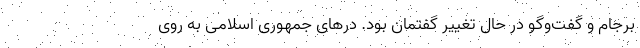
برجام و گفت‌وگو در حال تغییر گفتمان بود. درهای جمهوری اسلامی به روی